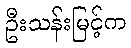
ဦးသန်းမြင့်က